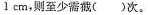
1cm，则至少需截( )次。